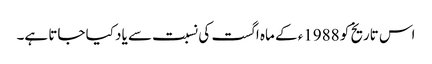
اس تاریخ کو 1988ء کے ماہ اگست کی نسبت سے یاد کیا جاتا ہے۔